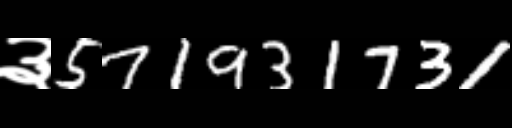
Text: ३571931731